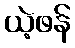
ယဲ့ဖန်